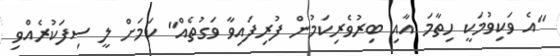
"އެ ވަކިވުމަކީ ހިތާމަ އާއި ބިރުވެރިކަމުން ފުރިފައިވާ ވަގުތެއް" ކަމަށް ލީ ސިފަކުރެއްވި